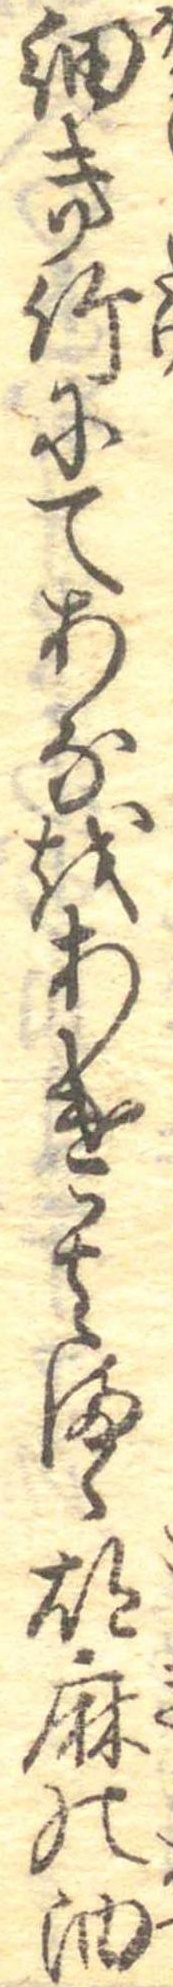
細き竹にてあなをあけ其まゝ胡麻の油